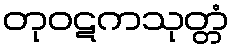
တုဝဋကသုတ္တံ